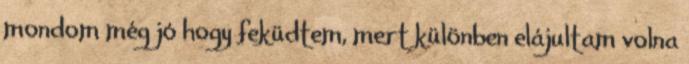
mondom még jó hogy feküdtem, mert különben elájultam volna